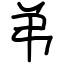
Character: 弚